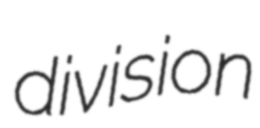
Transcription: division